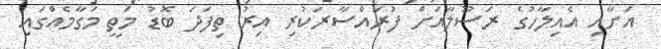
އަށާއި އެއިލާހުގެ ރަސޫލާއަށް ފުރައްސާރަކުރި އިރު ތިފަދަ ބޮޑު މަތީ މަގާމެއްގައި